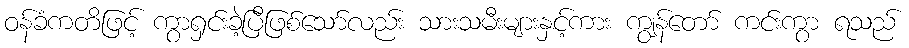
ဝန်ခံကတိဖြင့် ကွာရှင်းခဲ့ပြီဖြစ်သော်လည်း သားသမီးများနှင့်ကား ကျွန်တော် ကင်းကွာ ရသည်